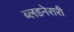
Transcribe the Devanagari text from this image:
ब्लडनेरारी